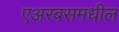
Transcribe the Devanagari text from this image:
एअरबसमधील